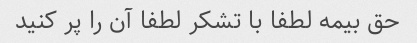
حق بیمه لطفا با تشکر لطفا آن را پر کنید